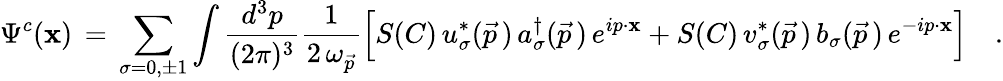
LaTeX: \Psi^{c}(\mathbf{x})\, =\, \sum_{\sigma=0,\pm1}\int{\frac{{d^{3}p}}{{(2\pi)^{3}}}}{\frac{{1}}{{2\, \omega_{\vec{{p}}}}}}\Big[S(C)\, u_{\sigma}^{\ast}(\vec{{p}}\, )\, a_{\sigma}^{\dagger}(\vec{{p}}\, )\, e^{ip\cdot\mathbf{x}}+S(C)\, v_{\sigma}^{\ast}(\vec{{p}}\, )\, b_{\sigma}(\vec{{p}}\, )\, e^{-ip\cdot\mathbf{x}}\Bigr]\quad.